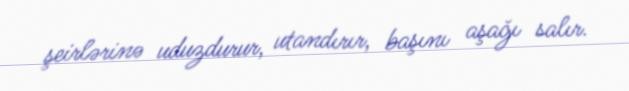
şeirlərinə uduzdurur, utandırır, başını aşağı salır.